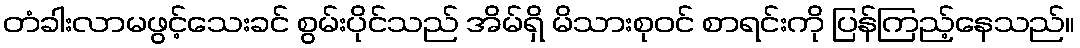
တံခါးလာမဖွင့်သေးခင် စွမ်းပိုင်သည် အိမ်ရှိ မိသားစုဝင် စာရင်းကို ပြန်ကြည့်နေသည်။